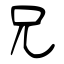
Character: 兄